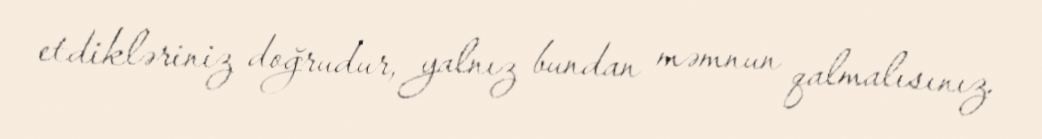
etdikləriniz doğrudur, yalnız bundan məmnun qalmalısınız.